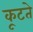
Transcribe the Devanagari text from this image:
कूटते